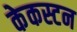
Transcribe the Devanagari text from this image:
केकस्टन